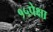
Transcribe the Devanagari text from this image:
१५पेक्षा